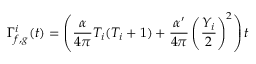
\Gamma _ { f , g } ^ { i } ( t ) = \left( \frac { \alpha } { 4 \pi } T _ { i } ( T _ { i } + 1 ) + \frac { \alpha ^ { \prime } } { 4 \pi } \left( \frac { Y _ { i } } { 2 } \right) ^ { 2 } \right) t